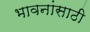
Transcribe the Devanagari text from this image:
भावनांसाठी